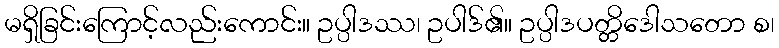
မရှိခြင်းကြောင့်လည်းကောင်း။ ဥပ္ပါဒဿ၊ ဥပါဒ်၏။ ဥပ္ပါဒပတ္တိဒေါသတော စ၊